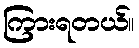
ကြားရတယ်။